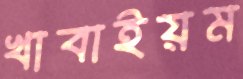
খাবাইয়ম